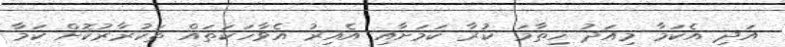
އަދި އެކަމާ މިއަދު ހިތާމަ ކުރާ ކަމަށާއި އެއިރު އެވާހަކަތައް ތަކުރާރުކޮށް ކަމާ